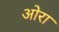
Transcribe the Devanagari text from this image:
ओरा